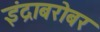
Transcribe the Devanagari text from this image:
इंद्राबरोबर